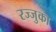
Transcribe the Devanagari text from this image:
रज्जुका